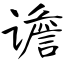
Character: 谵